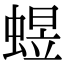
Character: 䗑